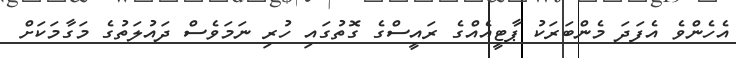
އެހެންވެ އެފަދަ މެންބަރަކު ޕާޓީއެއްގެ ރައީސްގެ ގޮތުގައި ހުރި ނަމަވެސް ދައުލަތުގެ މަގާމަަކަށް